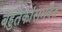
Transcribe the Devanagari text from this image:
बहुतेकांसमवेत